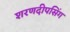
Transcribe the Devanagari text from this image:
शरणदीपसिंग